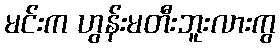
မင်းက ဟွန်းမတီးဘူးလားကွ